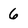
Character: 6